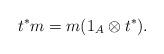
LaTeX: \begin{align*} t^* m = m (1_A \otimes t^*).\end{align*}